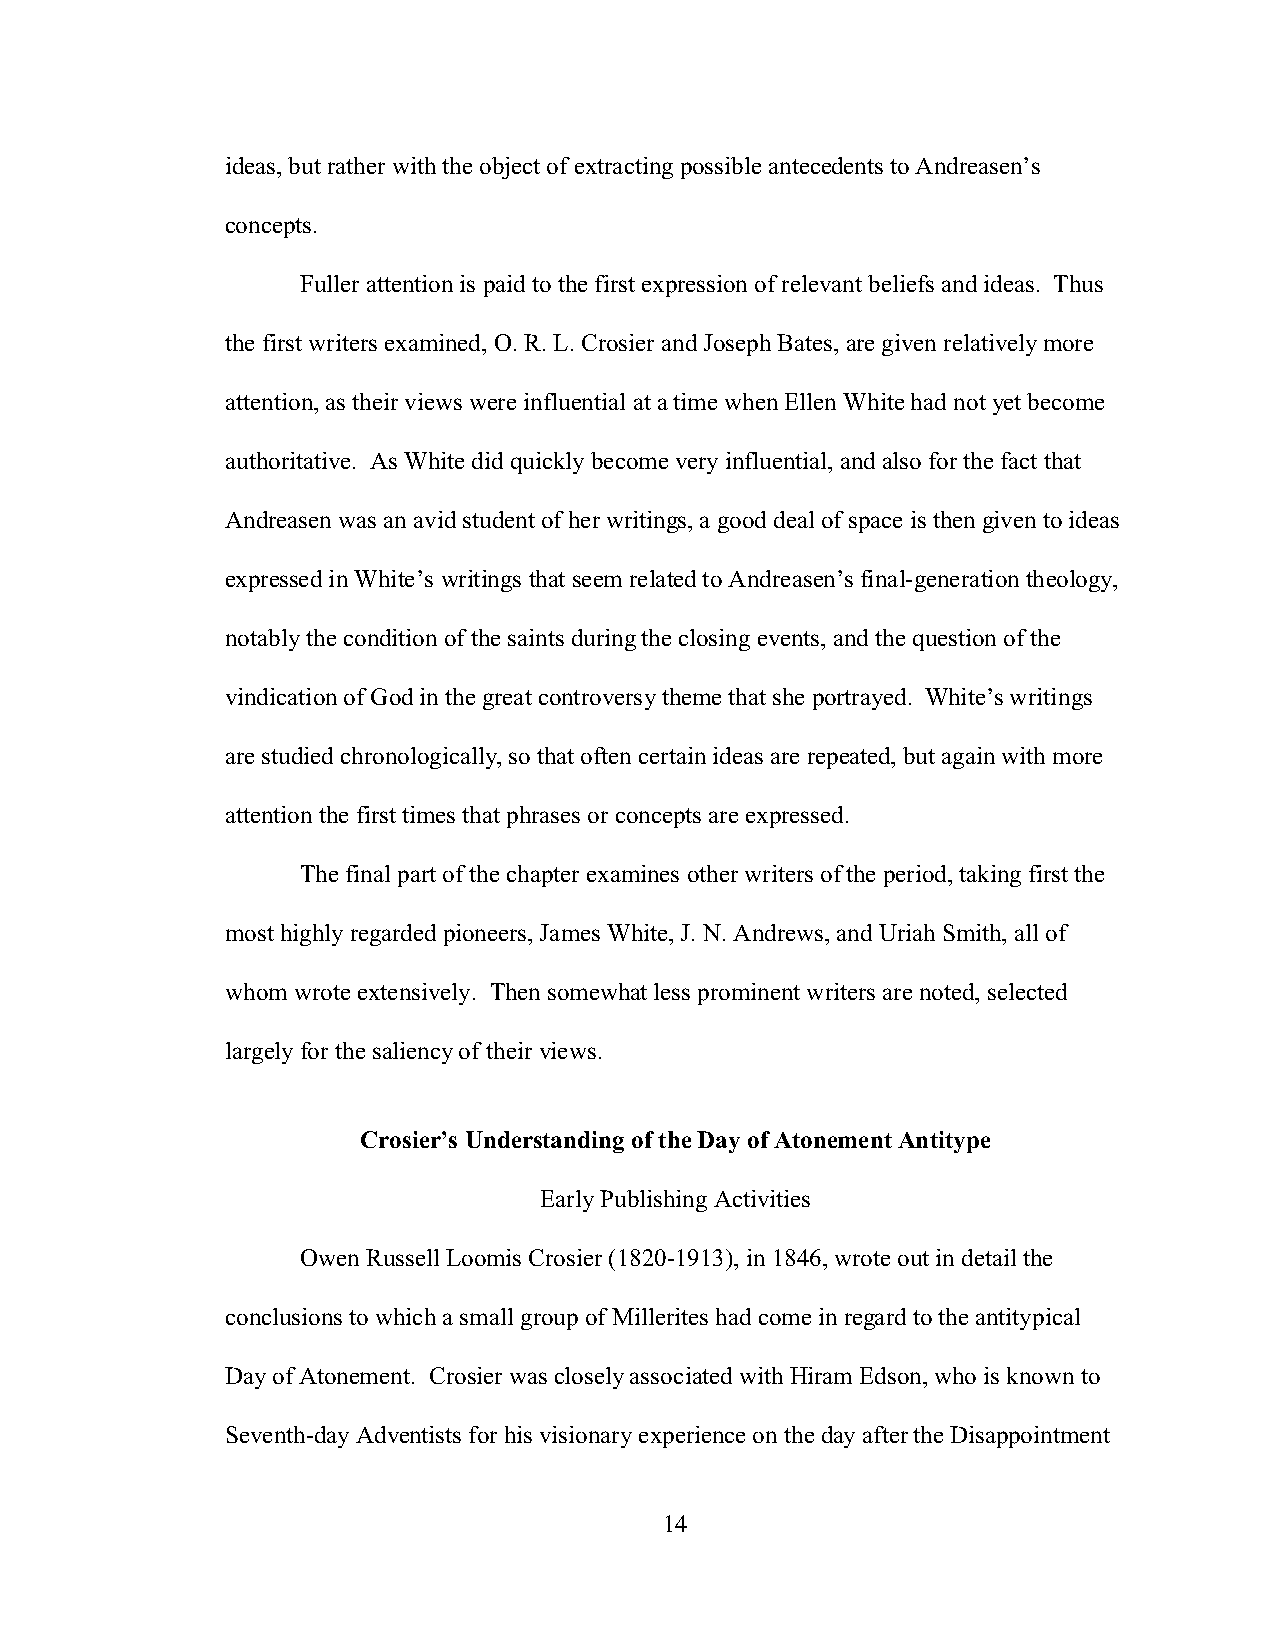
ideas, but rather with the object of extracting possible antecedents to Andreasen’s
 concepts.
 Fuller attention is paid to the first expression of relevant beliefs and ideas. Thus
 the first writers examined, O. R. L. Crosier and Joseph Bates, are given relatively more
 attention, as their views were influential at a time when Ellen White had not yet become
 authoritative. As White did quickly become very influential, and also for the fact that
 Andreasen was an avid student of her writings, a good deal of space is then given to ideas
 expressed in White’s writings that seem related to Andreasen’s final-generation theology,
 notably the condition of the saints during the closing events, and the question of the
 vindication of God in the great controversy theme that she portrayed. White’s writings
 are studied chronologically, so that often certain ideas are repeated, but again with more
 attention the first times that phrases or concepts are expressed.
 The final part of the chapter examines other writers of the period, taking first the
 most highly regarded pioneers, James White, J. N. Andrews, and Uriah Smith, all of
 whom wrote extensively. Then somewhat less prominent writers are noted, selected
 largely for the saliency of their views.
 Crosier’s Understanding of the Day of Atonement Antitype
 Early Publishing Activities
 Owen Russell Loomis Crosier (1820-1913), in 1846, wrote out in detail the
 conclusions to which a small group of Millerites had come in regard to the antitypical
 Day of Atonement. Crosier was closely associated with Hiram Edson, who is known to
 Seventh-day Adventists for his visionary experience on the day after the Disappointment
 14